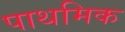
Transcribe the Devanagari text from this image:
पाथमिक